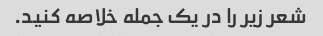
شعر زیر را در یک جمله خلاصه کنید.